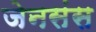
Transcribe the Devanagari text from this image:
जेनसंस